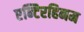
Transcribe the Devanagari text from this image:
एन्टिरहिनम